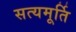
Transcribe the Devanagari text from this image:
सत्यमूर्ति